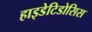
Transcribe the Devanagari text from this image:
हाइडेटिडोसिस